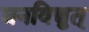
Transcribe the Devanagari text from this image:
घनविद्युत्